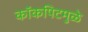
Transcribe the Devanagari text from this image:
कॉकपिटमुळे